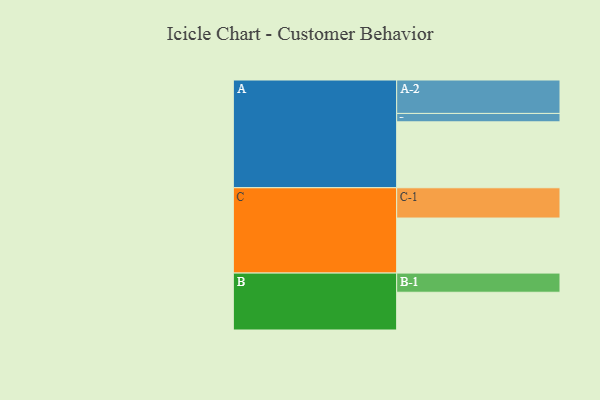
{"axis": {"x": "Segment", "y": "Value"}, "legend": ["", "A", "B", "C"], "data": [{"x": "A", "y": 564, "type": ""}, {"x": "B", "y": 323, "type": ""}, {"x": "C", "y": 471, "type": ""}, {"x": "A-1", "y": 72, "type": "A"}, {"x": "A-2", "y": 286, "type": "A"}, {"x": "B-1", "y": 164, "type": "B"}, {"x": "C-1", "y": 259, "type": "C"}]}